Jaan_Tonisson_(Lasteleht), lk 545
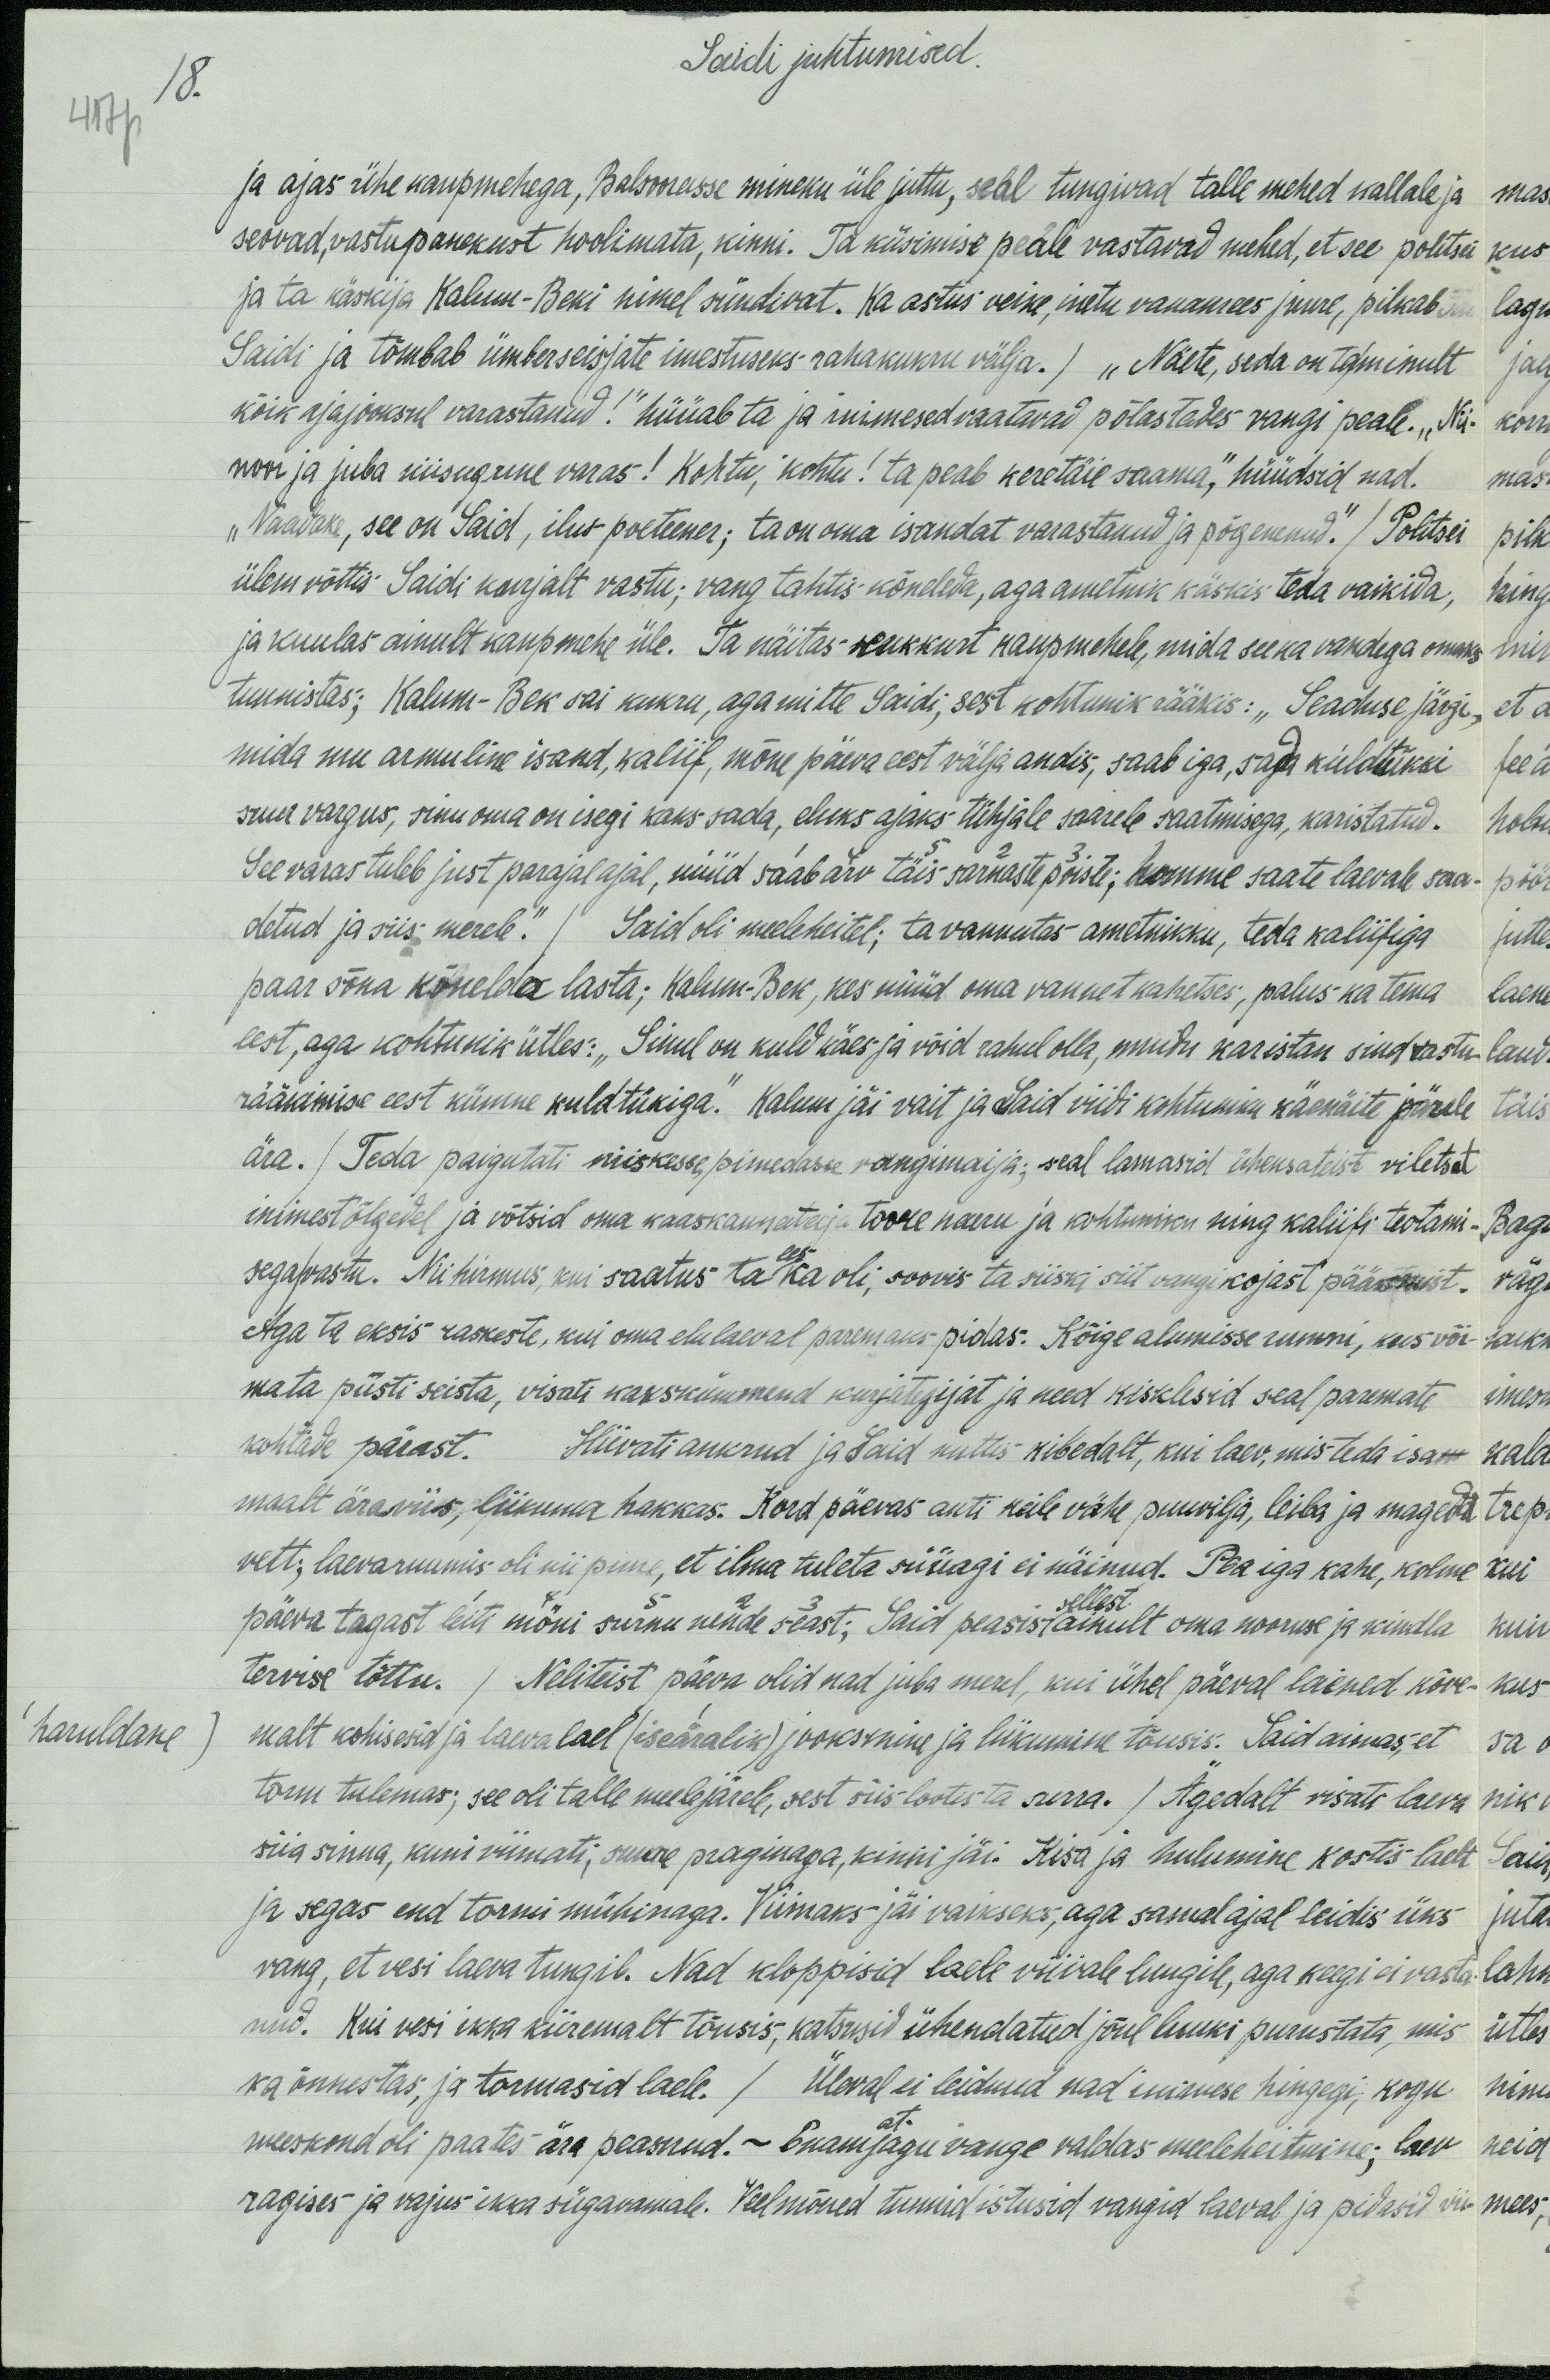
Saidi juhtumised.
417p
18.
ja ajas ühe kaupmehega, Balsoorasse mineku üle juttu, seal tungivad talle mehed kallale ja
seovad, vastupanekust hoolimata, kinni. Ta küsimise peale vastavad mehed, et see politsei
ja ta käskija Kalum-Beki nimel sündivat. Ka astus veike, inetu vanamees juure, pilkab
Saidi ja tõmbab ümbereisjate imestuseks rahakukru välja.) „Näete, seda on ta minult
kõik ajajooksul varastanud!" hüüab ta ja inimesed vaatavad põlastades vangi peale. „Nii
noor ja juba niisugune varas! Kohtu, kohtu! ta peab keretäie saama", hüüdsid nad.
„Vaadake, see on Said, ilus poeteener; ta on oma isandat varastanud ja põgenenud." / Politsei
ülem võttis Saidi kurjalt vastu; vang tahtis kõneleda, aga ametnik käskis teda vaikida,
ja kuulas ainult kaupmehe üle. Ta näitas kukkurt kaupmehele, mida see ka vandega omaks
tunnistas; Kalum-Bek sai kukru, aga mitte Saidi, sest kohtunik rääkis: "Seaduse järgi,
mida mu armuline isand, kaliif, mõne päeva eest välja andis, saab iga, sada kuldükki
suur vargus, sinu oma on isegi kaks sada, eluks ajaks tühjale saarele saatmisega, karistatud.
See varas tuleb just parajal ajal, nüüd saab arv täis sarnaste poiste; homme saate laevale saa-
detud ja siis merele." (Said oli meeleheitel; ta vannutas ametnikku, teda kaliifiga
paar sõna kõnelda lasta; Kalum-Bek, kes nüüd oma vannet kahetses, palus ka tema
eest, aga kohtunik ütles: "Sinul on kuld käes ja võid rahul olla, muidu karistan sind vastu-
rääkimise eest kümne kuldtükiga. Kalum jäi vait ja Said viidi kohtuniku käenäite järele
ära. / Teda paigutati niiskesse, pimedasse vangimajja; seal lamasid üheksateist viletsat
inimest õlgadel ja võtsid oma kaaskannataja toore naeru ja kohtuniku ning kaliifi teotami-
sega vastu. Nii hirmus, kui saatus ta ees ka oli, soovis ta siiski siit vangi kojast pääsemist.
Aga ta eksis raskeste, kui oma elu laeval paremaks pidas. Kõige alumisse ruumi, kus või-
mata püsti seista, visati kakskümmend kurjategijat ja need kisklesid seal paremate
kohtade pärast. Hiivati ankrud ja Said nuttis kibedalt, kui laev, mis teda isa-
maalt ära viis, liikuma hakkas. Kord päevas anti neile vähe puuvilja, leiba ja magedat
vett; laevaruumis oli nii pime, et ilma tuleta süüagi ei näinud. Pea iga kahe, kolme
päeva tagant leiti mõni surnu nende seast; Said peasis ainult oma nooruse ja kindla
sellest
tervise tõttu. / Neliteist päeva olid nad juba merel, kui ühel päeval lained kõve
haruldane malt kohisesid ja laevalael (iseäralik) jooksmine ja liikumine tõusis. Said aimas, et
torm tulemas; see oli talle meelejärele, sest siis lootis ta surra. / Ägedalt visati laeva
siia sinna, kuni viimati, suure praginaga, kinni jäi. Kisa ja hulumine kostis laelt
ja segas end tormi mühinaga. Viimaks jäi väikseks, aga samal ajal leidis üks
vang, et vesi laeva tungib. Nad kloppisid laele viivale luugile, aga keegi ei vasta
nud. Kui vesi ikka kiiremalt tõusis, katsusid ühendatud jõul luuki purustata, mis
ka õnnestas, ja tormasid laele. / Üleval ei leidnud nad inimese hingegi, kogu
at
meeskond oli paates ära paesnud. - Enamjagu vange valdas meeleheitmine; laev
ragises ja vajus ikka süganemale. Veel mõned tunnid istusid vangid laeval ja pidasid vii